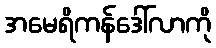
အမေရိကန်ဒေါ်လာကို